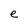
Character: e